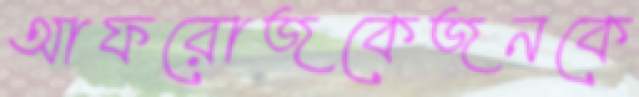
আফরোজকেজনকে